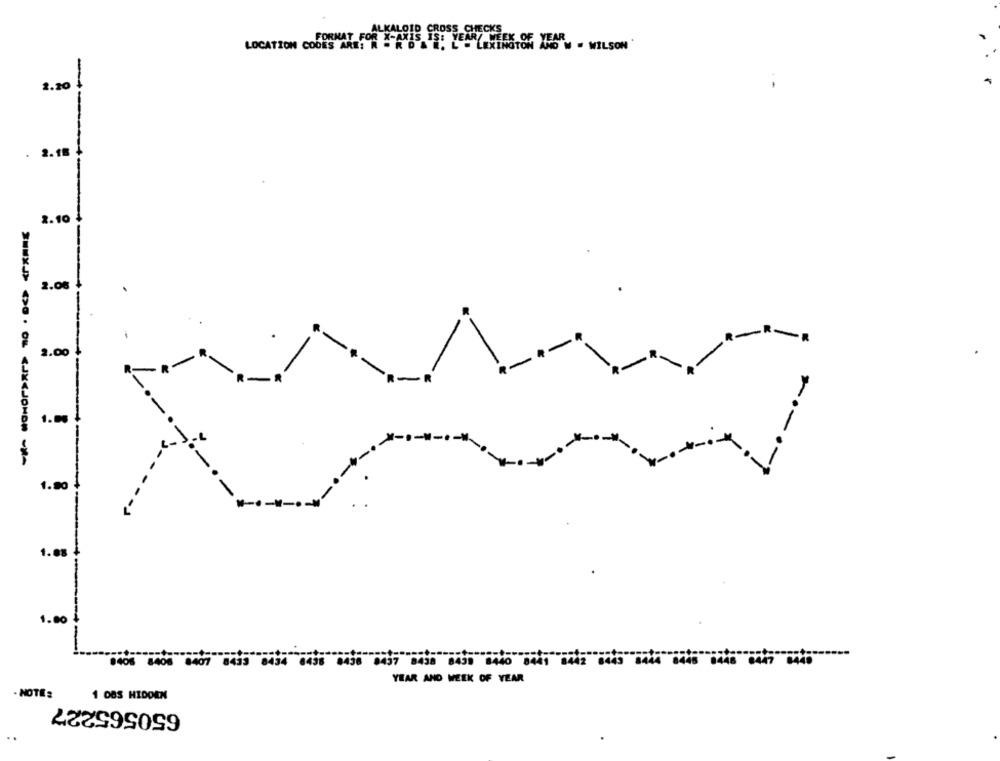
ALKALOID CROSS CHECKS
FORMAT FOR X-AXIS IS: YEAR/ WEEK OF YEAR
LOCATION CODES ARE: N = R D & E. L . LEXINGTON
2.20
-+-
2.18
2.10
2.06
2.00
R
1.05
-
1.90
1.08
1.80
+ --
8406 8408 8407 8433 8434 8438 8438 8437 8438 8439 8440 8441 8442 8443 8444 8445 8448 8447 8449
YEAR AND WEEK OF YEAR
- NOTE:
1 08S HIDDEN
650565227